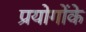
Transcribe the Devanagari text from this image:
प्रयोगोंके